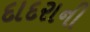
દાદરાની